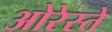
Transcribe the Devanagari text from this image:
ओरेस्ते